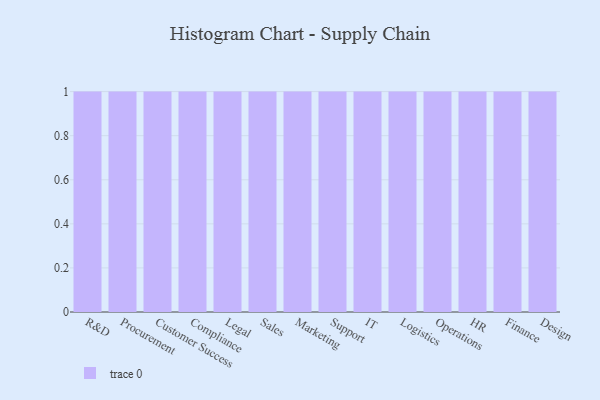
{"axis": {"x": "Department", "y": "Headcount"}, "legend": [""], "data": [{"x": "R&D", "y": 62, "type": ""}, {"x": "Procurement", "y": 75, "type": ""}, {"x": "Customer Success", "y": 94, "type": ""}, {"x": "Compliance", "y": 18, "type": ""}, {"x": "Legal", "y": 98, "type": ""}, {"x": "Sales", "y": 68, "type": ""}, {"x": "Marketing", "y": 85, "type": ""}, {"x": "Support", "y": 82, "type": ""}, {"x": "IT", "y": 53, "type": ""}, {"x": "Logistics", "y": 78, "type": ""}, {"x": "Operations", "y": 81, "type": ""}, {"x": "HR", "y": 13, "type": ""}, {"x": "Finance", "y": 15, "type": ""}, {"x": "Design", "y": 49, "type": ""}]}